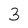
Character: 3